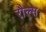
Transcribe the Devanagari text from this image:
रौल्स